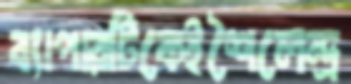
ব্যাপারটিকেইশৈলেন্দ্র